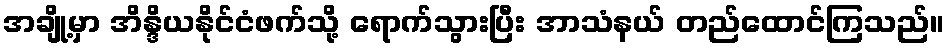
အချို့မှာ အိန္ဒိယနိုင်ငံဖက်သို့ ရောက်သွားပြီး အာသံနယ် တည်ထောင်ကြသည်။